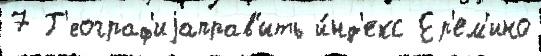
7 Г'еограф'иjаправ'ить и́нд'екс Ер'ем'ино